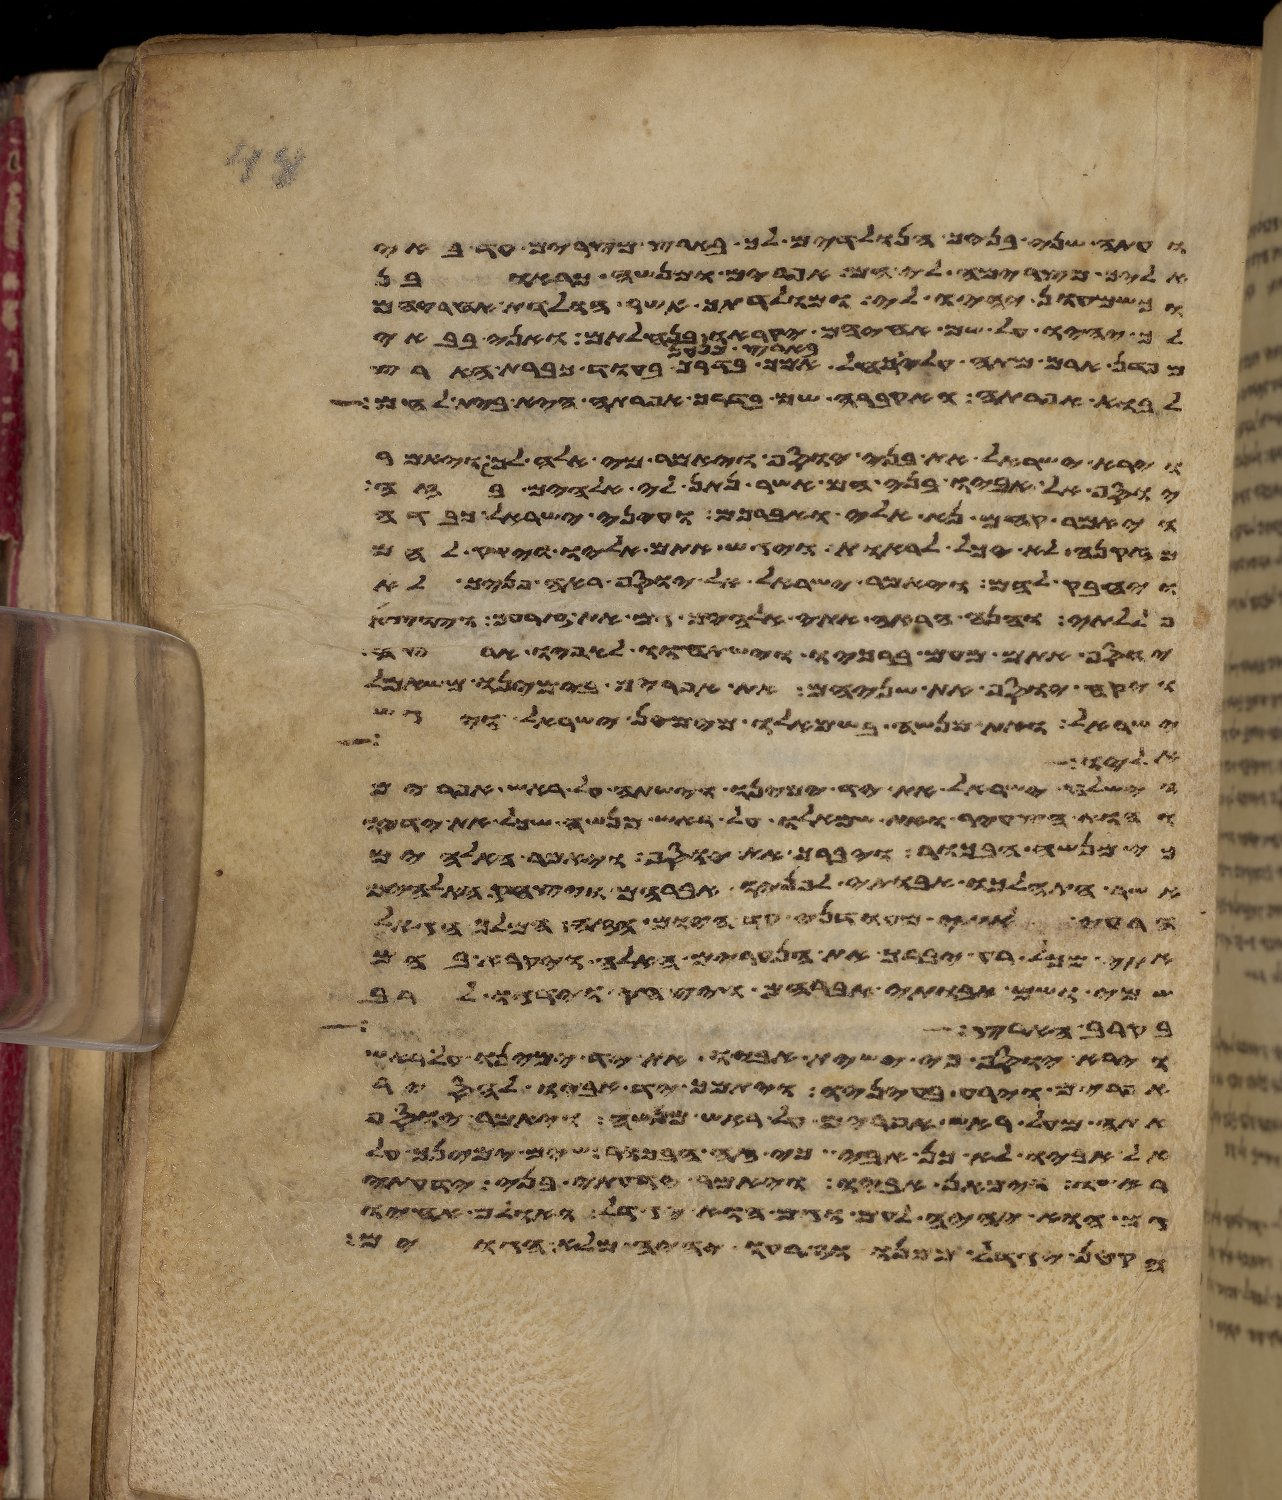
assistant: ועתה שני בניך הנולדים לך בארץ מצרים עד באי
אליך מצרימה לי הם אפרים ומנשה כראובן
וכשמעון יהיו לי ומולדתך אשר הולדת אחריהם
לך יהיו על שם אחיהם יקראו בנחלתם ואני בבאי
מפדן ארם מתה עלי רחל אמך בארץ כנען בדרך בעוד כברת הארץ
לבוא אפרתה ואקברה שם בדרך אפרתה היא בית לחם
וירא ישראל את בני יוסף ויאמר מי אלה לך ויאמר
יוסף אל אביו בני הם אשר נתן לי אלהים בזה
ויאמר קחם נא אלי ואברכם ועיני ישראל כבדה
מזקנה לא יכל לראות ויגש אתם אליו וישק להם
ויחבק להם ויאמר ישראל אל יוסף ראה פניך לא
פללתי והנה הראה אתי אלהים גם את זרעך ויוצא
יוסף אתם מעם ברכיו וישתחוו לאפיו ארצה
ויקח יוסף את שניהם את אפרים בימינו משמאל
ישראל ואת מנשה בשמאלו מימין ישראל ויגש
אליו
וישלח ישראל את יד ימינו וישתה על ראש אפרים
והוא הצעיר ואת שמאלו על ראש מנשה שכל את ידיו
כי מנשה הבכור ויברך את יוסף ויאמר האלהים
אשר התהלכו אבותי לפניו אברהם ויצחק האלהים
הרעה אתי מעודני עד היום הזה המלך הגאל
אתי מכל רע יברך את הנערים האלה ויקרא בהם
שמי ושם אבותי אברהם ויצחק וידגו לרב
בקרב הארץ
וירא יוסף כי ישית אביו את יד ימינו על ראש
אפרים וירע בעיניו ויתמך יד אביו להסיר
אתה מעל ראש אפרים על ראש מנשה ויאמר יוסף
אל אביו לא כן אבי כי זה הבכור שים ימינך על
ראשו וימאן אביו ויאמר ידעתי בני ידעתי
גם הוא יהיה לעם וגם הוא יגדל ואולם אחיו
הקטן יגדל ממנו וזרעו יהיה מלא הגוים